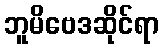
ဘူမိဗေဒဆိုင်ရာ